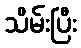
သိမ်းပြီး